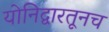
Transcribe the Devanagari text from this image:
योनिद्वारतूनच